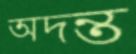
অদন্ত